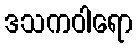
ဒသကဝါရော